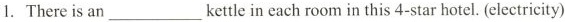
1. There is an ___ kettle in each room in this 4-star hotel. (electricity)